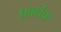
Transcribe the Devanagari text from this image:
प्रबर्धक